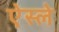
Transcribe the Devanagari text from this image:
ऐस्ले